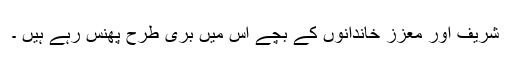
شریف اور معزز خاندانوں کے بچے اس میں بُری طرح پھنس رہے ہیں ۔